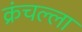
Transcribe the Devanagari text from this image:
क्रंचल्ला